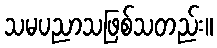
သမပညာသဖြစ်သတည်း။